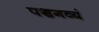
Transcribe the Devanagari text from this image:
पञ्चगव्यं